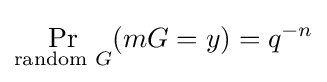
\Pr _{{\text{random }}G}(mG=y)=q^{-n}